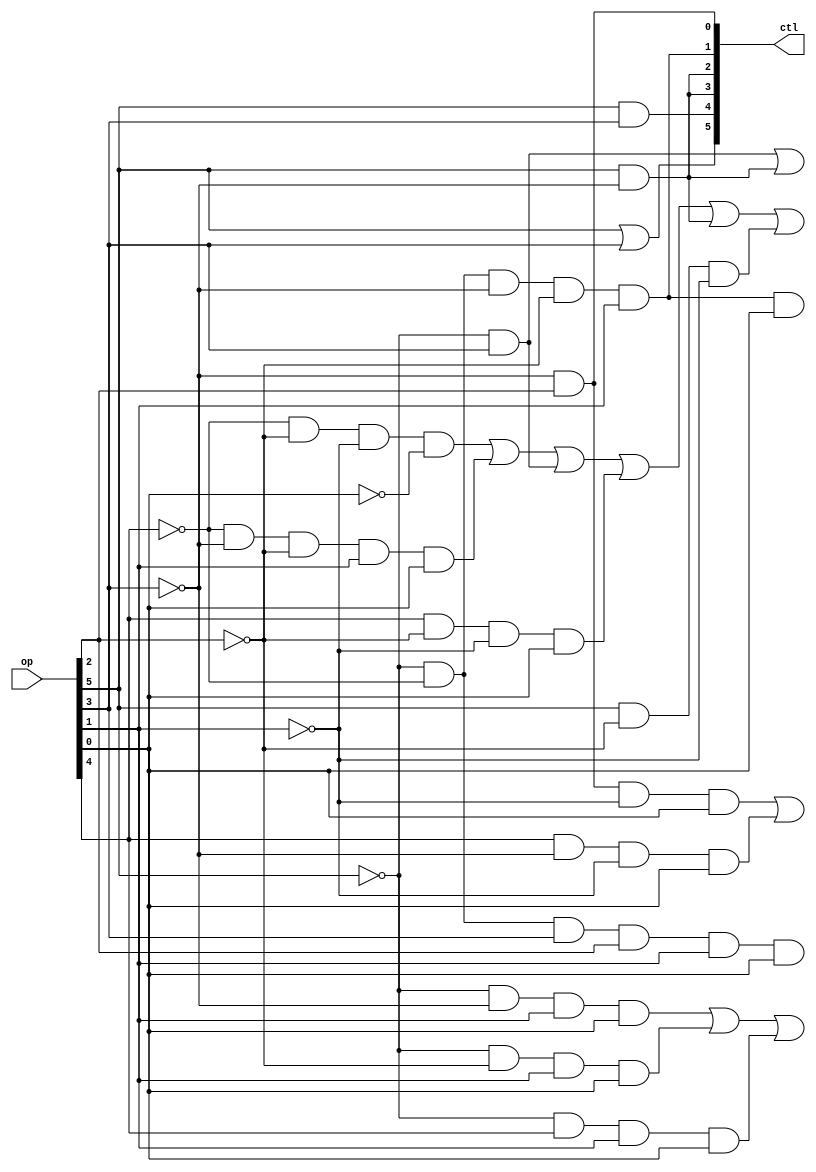
`timescale 1ns / 1ps
//////////////////////////////////////////////////////////////////////////////////
// Company: 
// Engineer: 
// 
// Design Name: 
// Module Name: ctl1
// Project Name: 
// Target Devices: 
// Tool Versions: 
// Description: 
// 
// Dependencies: 
// 
// Revision:
// Revision 0.01 - File Created
// Additional Comments:
// 
//////////////////////////////////////////////////////////////////////////////////


module ctl1(
    input [31:26] op,
    output [15:1] ctl
    );
    assign #1 ctl[1] = ~op[29]&op[28];
    assign #1 ctl[2] = ~op[31]&~op[30]&~op[29]&~op[28]&op[27];
    assign #1 ctl[3] = op[31]&~op[29];
    assign #1 ctl[4] = op[31]&~op[29];
    assign #1 ctl[5] = op[31]&op[29];
    assign #1 ctl[6] = op[31]|op[29];
    assign #1 ctl[8] = ~op[30]&~op[28]&~op[27]&~op[26]|~op[30]&~op[29]&~op[28]&op[27]&op[26]|~op[31]&op[29]|op[30]&~op[28]&~op[27]&op[26]|op[31]&~op[29]|op[31]&~op[28]&~op[27];
    assign #1 ctl[9] = ~op[31]&op[29]|op[31]&~op[29];
    assign #1 ctl[10] = ~op[29]&op[28]&~op[27]&op[26]|op[30]&~op[29]&~op[27]&op[26];
    assign #1 ctl[11] = ~op[31]&~op[29]&op[27]&op[26]|~op[31]&~op[28]&op[27]&op[26]|~op[31]&op[30]&op[27]&op[26];
    assign #1 ctl[14] = ~op[31]&~op[30]&~op[29]&~op[28]&op[27]&op[26];
    assign #1 ctl[15] = ~op[31]&~op[30]&op[29]&op[28]&op[27]&op[26];
endmodule